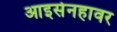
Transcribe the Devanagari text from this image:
आइसेनहावर